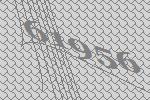
61956